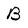
Character: B